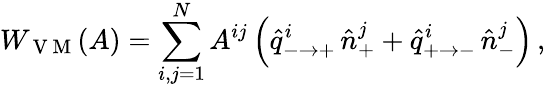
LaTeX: W_{\mathrm{~V~M~}}(A)=\sum_{i,j=1}^{N}A^{ij}\left(\hat{q}_{-\to+}^{i}\, \hat{n}_{+}^{j}+\hat{q}_{+\to-}^{i}\, \hat{n}_{-}^{j}\right)\, ,